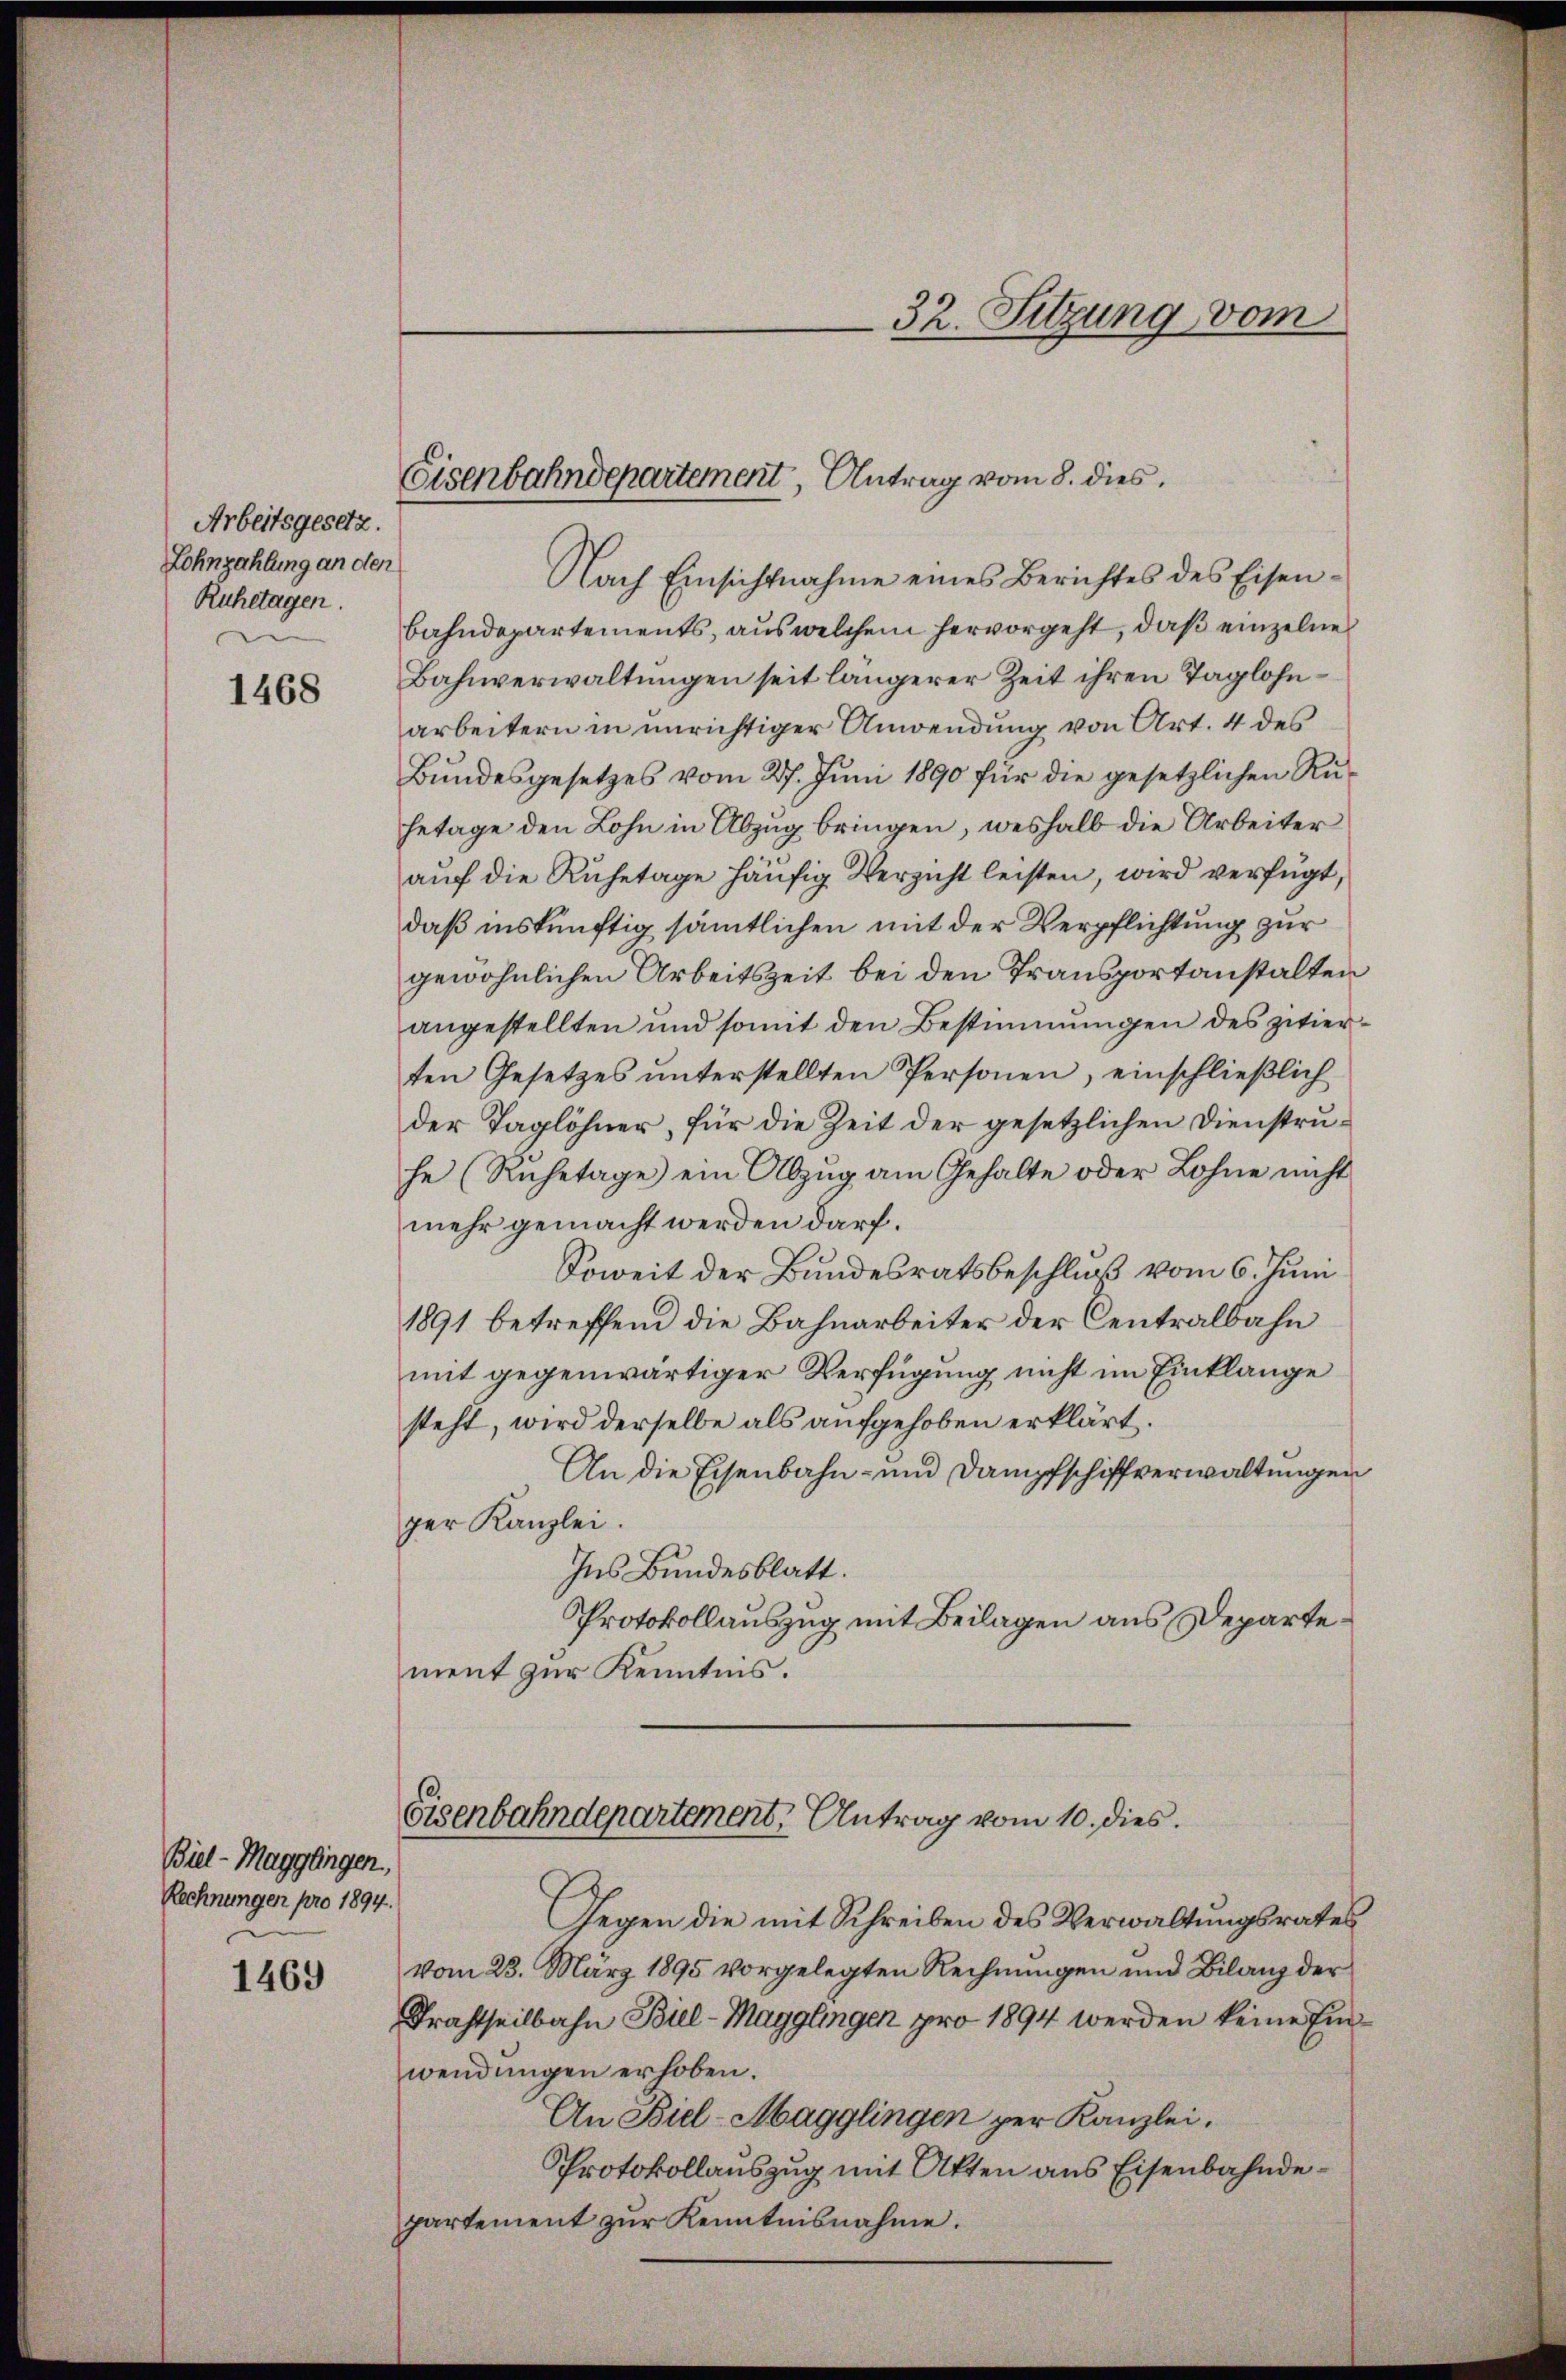
Arbeitsgesetz.
Lohnzahlung an den
Ruhetagen.

1468

Biel - Maggängen,
Rechnungen pro 1894.
1469

Nach Einsichtnahme eines Berichtes des Eisenbahndepartements, aus welchem hervorgeht, daß einzelne
Bahnverwaltungen seit längerer Zeit ihren Taglohnarbeitern in unrichtiger Anwendung von Art. 4 des
Bundesgesetzes vom 27. Juni 1890 für die gesetzlichen Ruhetage den Lohn in Abzug bringen, weshalb die Arbeiter
auf die Ruhetage häufig Verzicht leisten, wird verfügt,
daß inskünftig sämmtlichen mit der Verpflichtung zur
gewöhnlichen Arbeitszeit bei den Transportanstalten
angestellten und somit den Bestimmungen des zitierten Gesetzes ŭnterstellten Personen, einschlieβlich
der Taglöhner, für die Zeit der gesetzlichen Dienstruhe (Ruhetage ein Abzŭg am Gehalte oder Lohne nicht
mehr gemacht werden darf.
Soweit der Bundesratsbeschluß vom 6. Juni
1891 betreffend die Bahnarbeiter der Centralbahn
mit gegenwärtiger Verfügung nicht im Einklange
steht, wird derselbe als aufgehoben erklärt.
An die Eisenbahn- und Dampfschiffverwaltungen
per Kanzlei.
Ins Bundesblatt.
Protokollauszug mit Beilagen aus Departement zur Kenntnis.

Eisenbahndepartement, Antrag vom 8. dies

32. Sitzung vom

Fisenbahndepartement, Antrag vom 10. dies

Gegen die mit Schreiben des Verwaltungsrates
vom 28. März 1895 vorgelegten Rechnungen und Bilanz der
Trastheilbahn Bill-Magglingen pro 1894 werden keine Einwendungen erhoben.
An Biel-Magglingen per Kanzlei.
Protokollauszug mit Akten aus Eisenbahndepartement zur Kenntnisnahme.